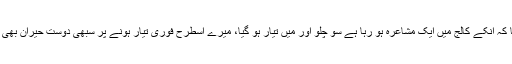
لیکن ایک موقع ایسا آیا کہ میں بھی کشاں کشاں چلنے کو تیار ہو گیا، ہمارے ایک دوست نے بتایا کہ انکے کالج میں ایک مشاعرہ ہو رہا ہے سو چلو اور میں تیار ہو گیا، میرے اسطرح فوری تیار ہونے پر سبھی دوست حیران بھی ہوئے کہ میں حجام کے پاس جانے سے پہلے بھی کئی کئی دن 'تیاری' کرتا اور سوچتا رہتا ہوں۔